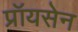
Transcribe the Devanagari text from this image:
प्रॉयसेन